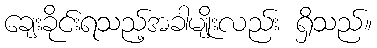
ချေးခိုင်းရသည့်အခါမျိုးလည်း ရှိသည်။